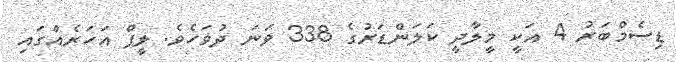
ޑިސެމްބަރު 4 އަކީ މީލާދީ ކަލަންޑަރުގެ 338 ވަނަ ދުވަހެވެ. ލީޕް އަހަރެއްގައި